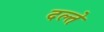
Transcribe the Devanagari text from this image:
दल्ते